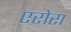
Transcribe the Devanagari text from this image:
एरोरा